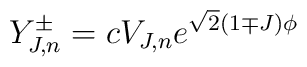
Y^{\pm}_{J,n}=cV_{J,n}e^{\sqrt{2}(1\mp J)\phi}